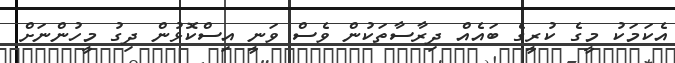
އެކަމަކު މީގެ ކުރީގެ ބައެއް ދިރާސާތަކުން ވެސް ވަނީ އިސްކޮޅުން ދިގު މީހުންނަށް